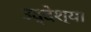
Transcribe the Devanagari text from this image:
उद्देश्या